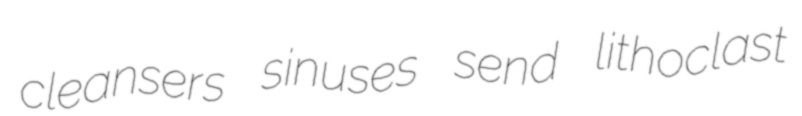
cleansers sinuses send lithoclast